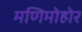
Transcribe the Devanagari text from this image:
मणिमोहोर